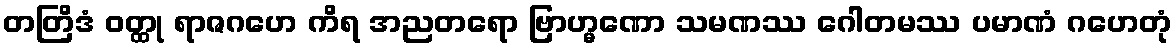
တတြိဒံ ဝတ္ထု ရာဇဂဟေ ကိရ အညတရော ဗြာဟ္မဏော သမဏဿ ဂေါတမဿ ပမာဏံ ဂဟေတုံ